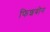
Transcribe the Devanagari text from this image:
फिशबोन